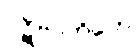
ပဋိဗာဟိတေ